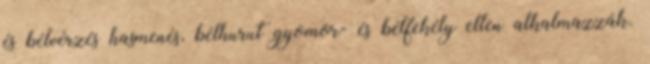
és bélvérzés hasmenés, bélhurut gyomor- és bélfekély ellen alkalmazzák.